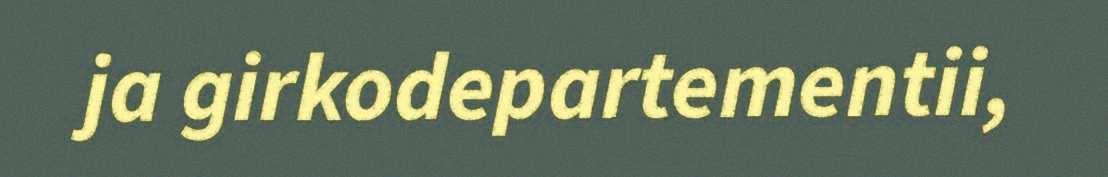
ja girkodepartementii,